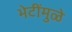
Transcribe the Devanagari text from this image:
भेटींमुळे